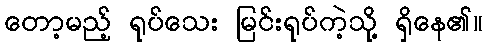
တော့မည့် ရုပ်သေး မြင်းရုပ်ကဲ့သို့ ရှိနေ၏။